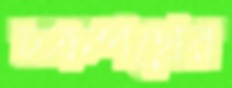
চক্রপথের